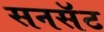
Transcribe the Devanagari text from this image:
सनसॅट